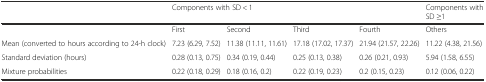
<table><thead><tr><td></td><td colspan="4"><b>Components with SD &lt; 1</b></td><td><b>Components with SD ≥1</b></td></tr></thead><tbody><tr><td></td><td>First</td><td>Second</td><td>Third</td><td>Fourth</td><td>Others</td></tr><tr><td>Mean (converted to hours according to 24-h clock)</td><td>7.23 (6.29, 7.52)</td><td>11.38 (11.11, 11.61)</td><td>17.18 (17.02, 17.37)</td><td>21.94 (21.57, 22.26)</td><td>11.22 (4.38, 21.56)</td></tr><tr><td>Standard deviation (hours)</td><td>0.28 (0.13, 0.75)</td><td>0.34 (0.19, 0.44)</td><td>0.25 (0.13, 0.38)</td><td>0.26 (0.21, 0.93)</td><td>5.94 (1.58, 6.55)</td></tr><tr><td>Mixture probabilities</td><td>0.22 (0.18, 0.29)</td><td>0.18 (0.16, 0.2)</td><td>0.22 (0.19, 0.23)</td><td>0.2 (0.15, 0.23)</td><td>0.12 (0.06, 0.22)</td></tr></tbody></table>